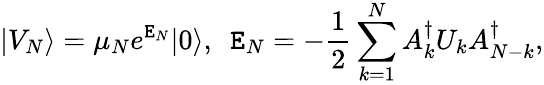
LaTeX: |V_{N}\rangle=\mu_{N}e^{\mathtt{E}_{N}}|0\rangle,\ \ \mathtt{E}_{N}=-{\frac{{1}}{{2}}}\sum_{k=1}^{N}A_{k}^{\dagger}U_{k}A_{N-k}^{\dagger},